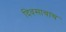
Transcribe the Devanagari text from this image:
दिवसाचाच